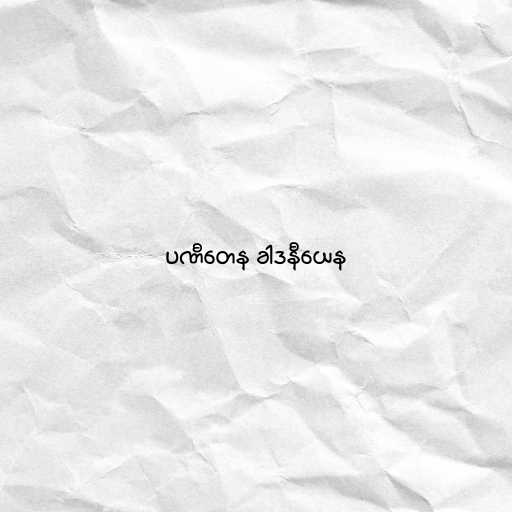
ပဏီတေန ခါဒနီယေန